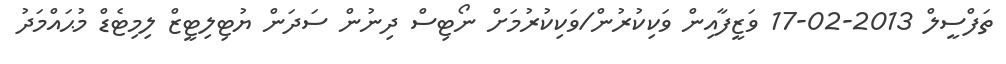
ތަފްސީލް 2013-02-17 ވަޒީފާއިން ވަކިކުރުން/ވަކިކުރުމަށް ނޯޓިސް ދިނުން ސަދަން ޔުޓިލިޓީޒް ލިމިޓެޑް މުޙައްމަދު